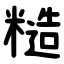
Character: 糙